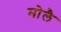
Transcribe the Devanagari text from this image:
मोलै